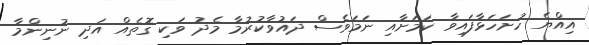
އިއްޔެ ހުށަހަޅާފައިވާ ކަމަށާއި ނަމަވެސް ދައުވާކުރުމާ މެދު ވަކި ގޮތެއް އަދި ނުނިންމާ